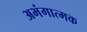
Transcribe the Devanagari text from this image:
अभंगात्मक